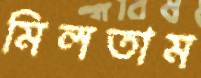
মিলতাম